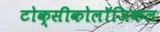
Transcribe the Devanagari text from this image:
टोक्सीकोलॉजिकल